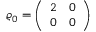
{ \varrho _ { 0 } = \left( \begin{array} { l l } { 2 } & { 0 } \\ { 0 } & { 0 } \end{array} \right) }